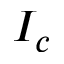
I _ { c }